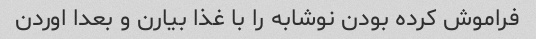
فراموش کرده بودن نوشابه را با غذا بیارن و بعدا اوردن